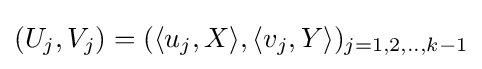
(U_{j},V_{j})=(\langle u_{j},X\rangle ,\langle v_{j},Y\rangle )_{j=1,2,..,k-1}